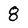
Character: 8